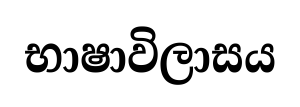
භාෂාවිලාසය